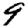
Digit: 9